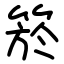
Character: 箊